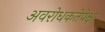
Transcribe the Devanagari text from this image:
अवरोधकतेपेक्षा